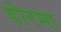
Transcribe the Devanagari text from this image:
डोरमा